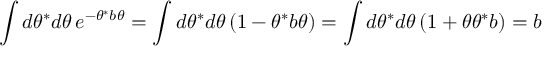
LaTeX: \int d \theta ^ { * } d \theta \, e ^ { - \theta ^ { * } b \theta } = \int d \theta ^ { * } d \theta \, ( 1 - \theta ^ { * } b \theta ) = \int d \theta ^ { * } d \theta \, ( 1 + \theta \theta ^ { * } b ) = b